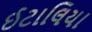
ઈટાલિયા